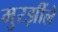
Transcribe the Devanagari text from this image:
मुरझींले